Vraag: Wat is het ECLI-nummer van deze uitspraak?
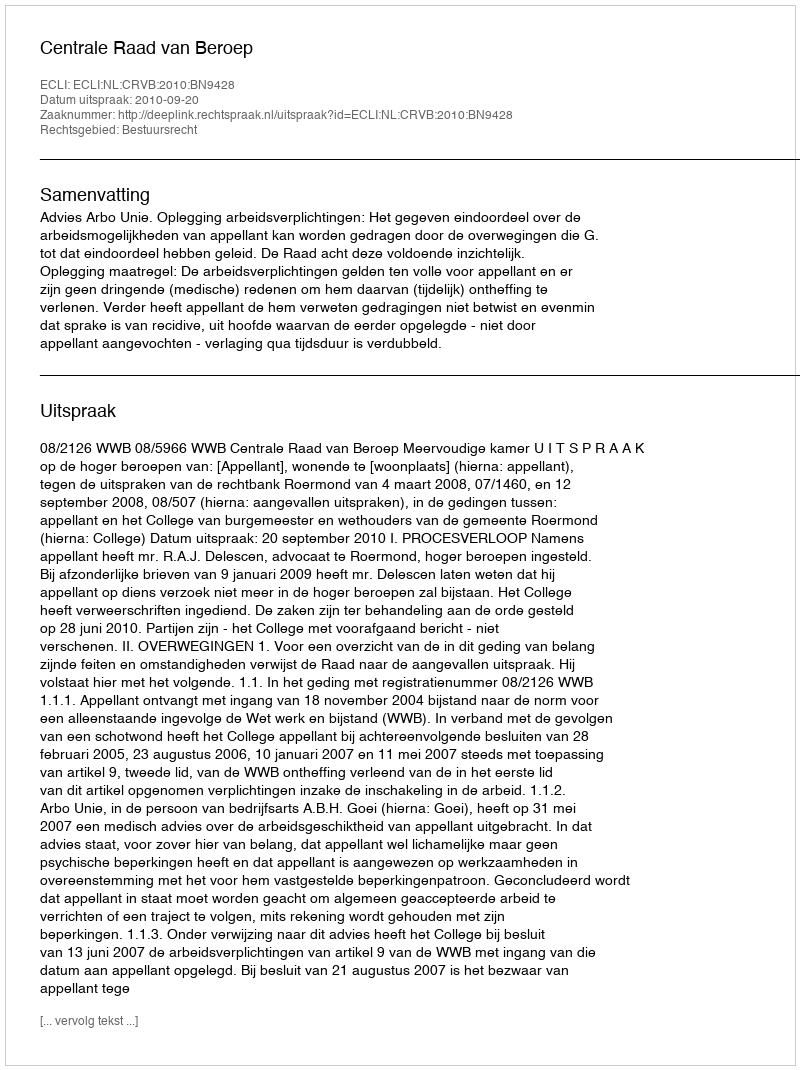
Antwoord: ECLI:NL:CRVB:2010:BN9428